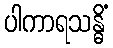
ပါကာရသန္ဓိံ